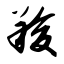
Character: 羧